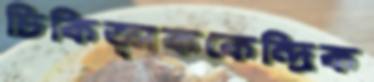
চিকিত্সককেন্দ্রিক